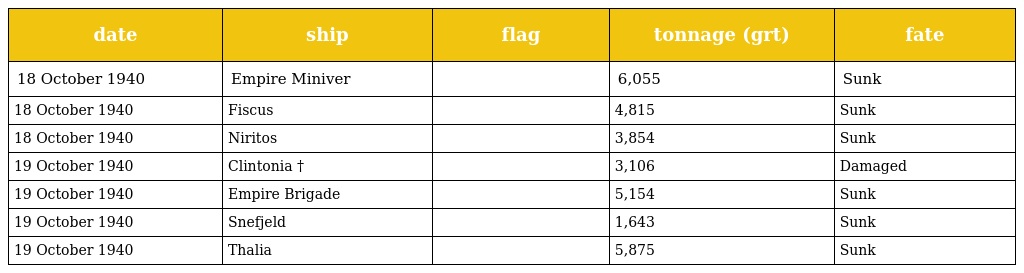
| date | ship | flag | tonnage (grt) | fate |
 | --- | --- | --- | --- | --- |
 | 18 October 1940 | Empire Miniver |  | 6,055 | Sunk |
 | 18 October 1940 | Fiscus |  | 4,815 | Sunk |
 | 18 October 1940 | Niritos |  | 3,854 | Sunk |
 | 19 October 1940 | Clintonia † |  | 3,106 | Damaged |
 | 19 October 1940 | Empire Brigade |  | 5,154 | Sunk |
 | 19 October 1940 | Snefjeld |  | 1,643 | Sunk |
 | 19 October 1940 | Thalia |  | 5,875 | Sunk |